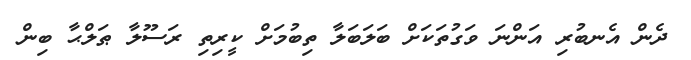
ދެން އެނބުރި އަންނަ ވަގުތަކަށް ބަލަބަލާ ތިބުމަށް ކީރިތި ރަސޫލާ ޠަލްޙާ ބިން